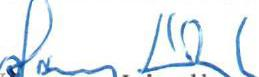
Henry Lindbergh